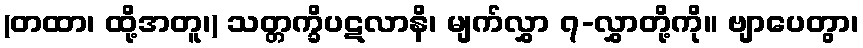
(တထာ၊ ထို့အတူ၊) သတ္တက္ခိပဋလာနိ၊ မျက်လွှာ ၇-လွှာတို့ကို။ ဗျာပေတွာ၊